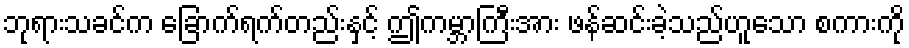
ဘုရားသခင်က ခြောက်ရက်တည်းနှင့် ဤကမ္ဘာကြီးအား ဖန်ဆင်းခဲ့သည်ဟူသော စကားကို